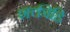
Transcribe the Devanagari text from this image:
शक्तीहि